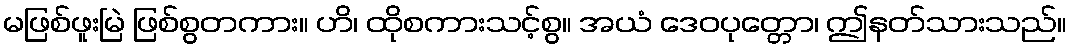
မဖြစ်ဖူးမြဲ ဖြစ်စွတကား။ ဟိ၊ ထိုစကားသင့်စွ။ အယံ ဒေဝပုတ္တော၊ ဤနတ်သားသည်။